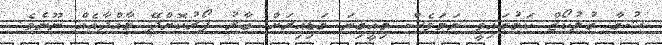
ޝުގާ ގުލުކޯޒް ކަމުގައިވީ ނަމަވެސް މިއީގިނަ ގަޑިއިރަށް ބާރު ފޯރުކޮށްދޭ މާއްދާއެއް ނޫނެވެ.